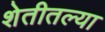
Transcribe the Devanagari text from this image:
शेतीतल्या